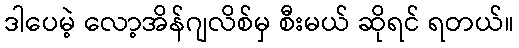
ဒါပေမဲ့ လော့အိန်ဂျလိစ်မှ စီးမယ် ဆိုရင် ရတယ်။